Annual report of the Punjab Veterinary College and of the Civil Veterinary Department, Punjab - 1926-1932
Year: 1926
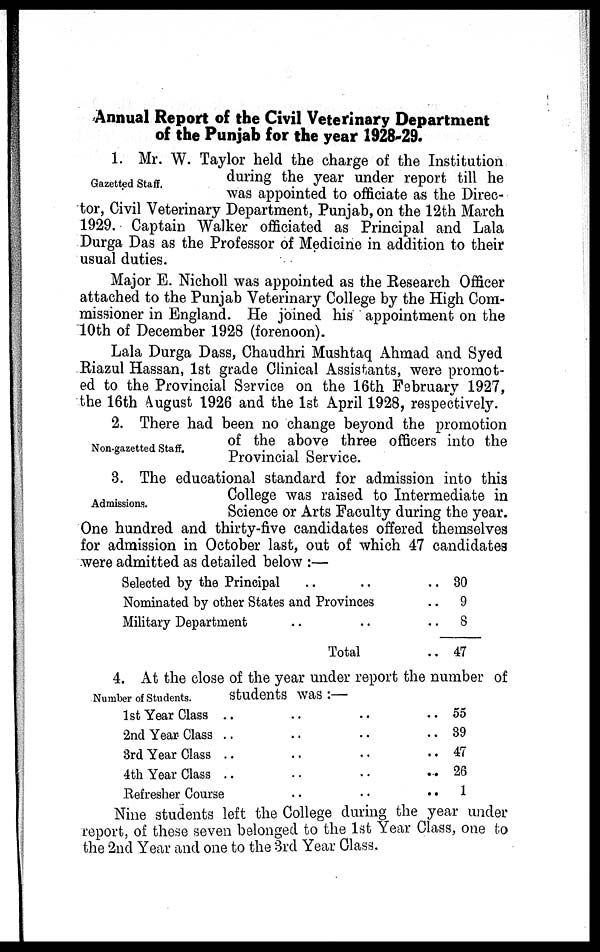
Annual Report of the Civil Veterinary Department
of the Punjab for the year 1928-29.
Gazetted Staff.
1. Mr. W. Taylor held the charge of the Institution
during the year under report till he
was appointed to officiate as the Direc-
tor, Civil Veterinary Department, Punjab, on the 12th March
1929. Captain Walker officiated as Principal and Lala
Durga Das as the Professor of Medicine in addition to their
usual duties.
Major E. Nicholl was appointed as the Research Officer
attached to the Punjab Veterinary College by the High Com-
missioner in England. He joined his appointment on the
10th of December 1928 (forenoon).
Lala Durga Dass, Chaudhri Mushtaq Ahmad and Syed
Riazul Hassan, 1st grade Clinical Assistants, were promot-
ed to the Provincial Service on the 16th February 1927,
the 16th August 1926 and the 1st April 1928, respectively.
Non-gazetted Staff.
2. There had been no change beyond the promotion
of the above three officers into the
Provincial Service.
Admissions.
3. The educational standard for admission into this
College was raised to Intermediate in
Science or Arts Faculty during the year.
One hundred and thirty-five candidates offered themselves
for admission in October last, out of which 47 candidates
were admitted as detailed below :—
Selected by the Principal .. .. .
Nominated by other States and Provinces ..
Military Department .. ..
Total ..
30
9
8
47
Number of Students.
4. At the close of the year under report the number of
students was:—
1st Year Class .. .. .. ..
2nd Year Class .. .. .. ..
3rd Year Class .. .. .. ..
4th Year Class .. .. .. ..
Refresher Course .. .. .. ..
55
39
47
26
1
Nine students left the College during the year under
report, of these seven belonged to the 1st Year Class, one to
the 2nd Year and one to the 3rd Year Class.